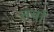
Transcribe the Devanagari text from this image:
तर्वा